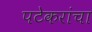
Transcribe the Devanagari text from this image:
पटेकरांचा